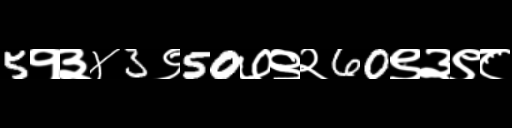
Text: 5१३४3९50७९२60९३९८